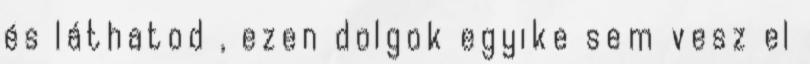
és láthatod , ezen dolgok egyike sem vesz el